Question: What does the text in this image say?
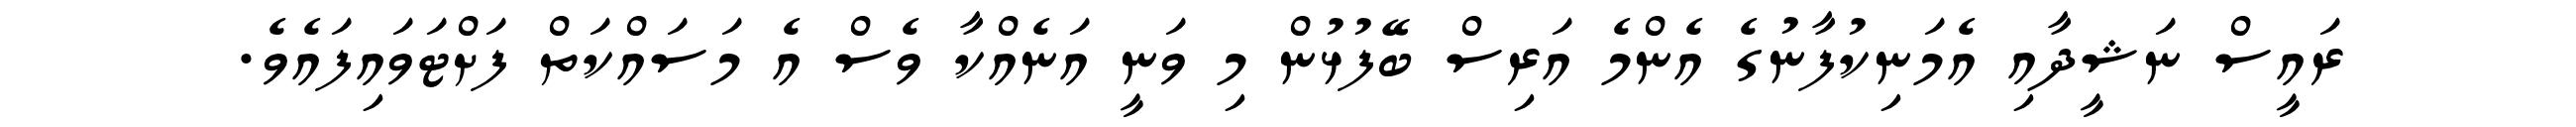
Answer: ރައީސް ނަޝީދާއި އެމަނިކުފާނުގެ އެންމެ އަރިސް ބޭފުޅުން މި ވަނީ އަނެއްކާ ވެސް އެ މަސައްކަތް ފަށްޓަވައިފައެވެ.